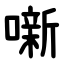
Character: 噺